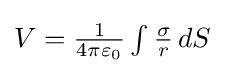
{\textstyle V={\frac {1}{4\pi \varepsilon _{0}}}\int {\frac {\sigma }{r}}\,dS}